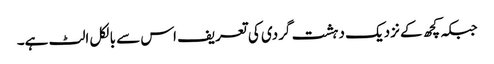
جبکہ کچھ کے نزدیک دہشت گردی کی تعریف اس سے بالکل الٹ ہے۔